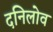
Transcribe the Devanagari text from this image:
दनिलोव